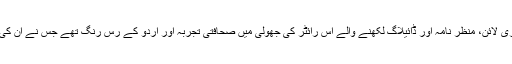
پچاس سے زائد فلموں کی اسٹوری لائن، منظر نامہ اور ڈائیلاگ لکھنے والے اس رائٹر کی جھولی میں صحافتی تجربہ اور اردو کے رس رنگ تھے جس نے ان کی فلم نگاری میں تاثر پیدا کر دیا۔